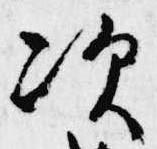
次